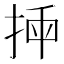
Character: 𢭣